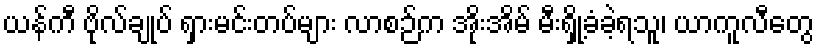
ယန်ကီ ဗိုလ်ချုပ် ရှားမင်းတပ်များ လာစဉ်က အိုးအိမ် မီးရှို့ခံခဲ့ရသူ၊ ယာကူလီတွေ